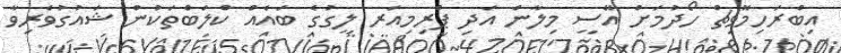
އިބްރަހިމޮވިޗް ހޯދުމަށް އޭސީ މިލާން އަދި ޕްރިމިއަރ ލީގުގެ ބައެއް ކްލަބްތަކުން ޝައުގުވެރިވާ